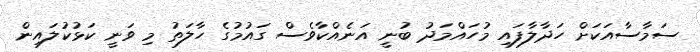
ސަމާސާއަކަށް ހަދާލާފައި މުހައްމަދު ބުނީ އަނެއްކާވެސް ގައުމުގެ ހާލަތު މި ވަނީ ކަޅުކުލައިން